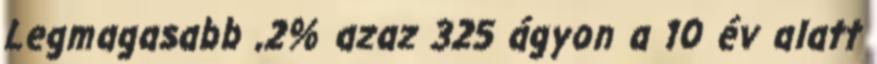
Legmagasabb ,2% azaz 325 ágyon a 10 év alatt